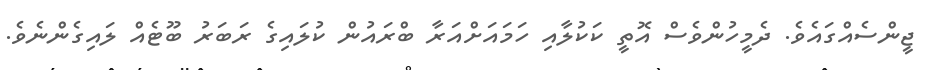
ޖީންސެއްގައެވެ. ދެމީހުންވެސް އޮތީ ކަކުލާއި ހަމައަށްއަރާ ބްރައުން ކުލައިގެ ރަބަރު ބޫޓެއް ލައިގެންނެވެ.